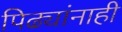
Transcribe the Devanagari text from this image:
पिढ्यांनाही